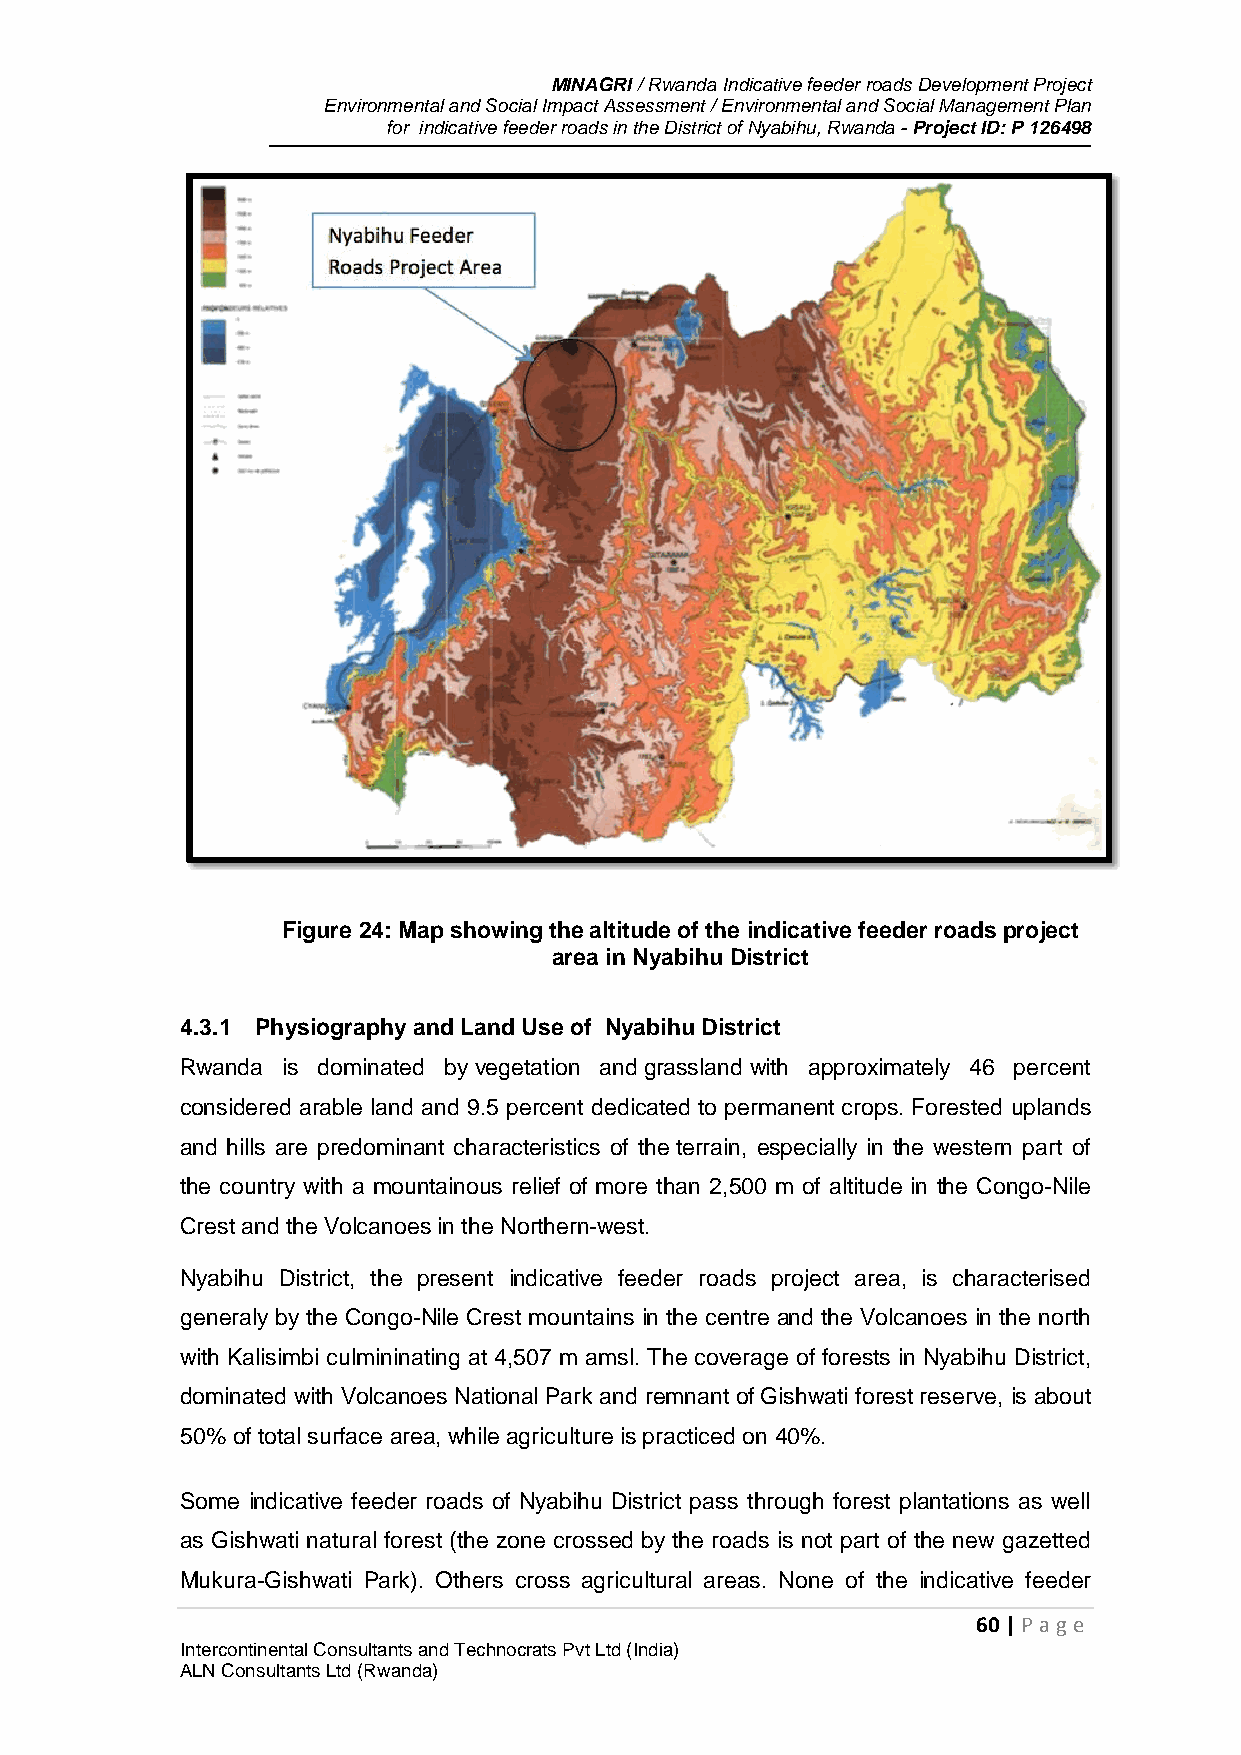
MINAGRI / Rwanda Indicative feeder roads Development Project
 Environmental and Social Impact Assessment / Environmental and Social Management Plan
 for indicative feeder roads in the District of Nyabihu, Rwanda - Project ID: P 126498
 Figure 24: Map showing the altitude of the indicative feeder roads project
 area in Nyabihu District
 4.3.1 Physiography and Land Use of Nyabihu District
 Rwanda is dominated by vegetation and grassland with approximately 46 percent
 considered arable land and 9.5 percent dedicated to permanent crops. Forested uplands
 and hills are predominant characteristics of the terrain, especially in the western part of
 the country with a mountainous relief of more than 2,500 m of altitude in the Congo-Nile
 Crest and the Volcanoes in the Northern-west.
 Nyabihu District, the present indicative feeder roads project area, is characterised
 generaly by the Congo-Nile Crest mountains in the centre and the Volcanoes in the north
 with Kalisimbi culmininating at 4,507 m amsl. The coverage of forests in Nyabihu District,
 dominated with Volcanoes National Park and remnant of Gishwati forest reserve, is about
 50% of total surface area, while agriculture is practiced on 40%.
 Some indicative feeder roads of Nyabihu District pass through forest plantations as well
 as Gishwati natural forest (the zone crossed by the roads is not part of the new gazetted
 Mukura-Gishwati Park). Others cross agricultural areas. None of the indicative feeder
 60 | P age
 Intercontinental Consultants and Technocrats Pvt Ltd (India)
 ALN Consultants Ltd (Rwanda)